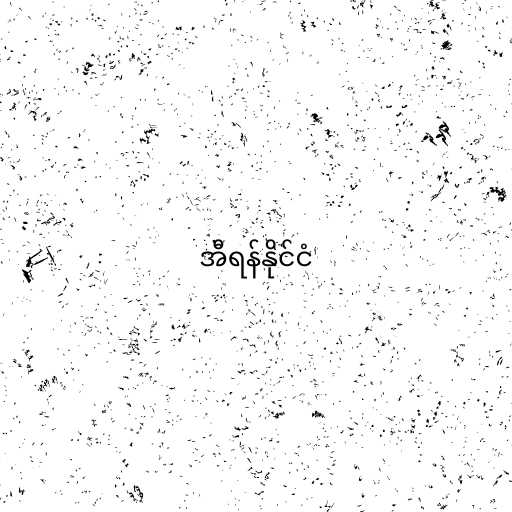
အီရန်နိုင်ငံ